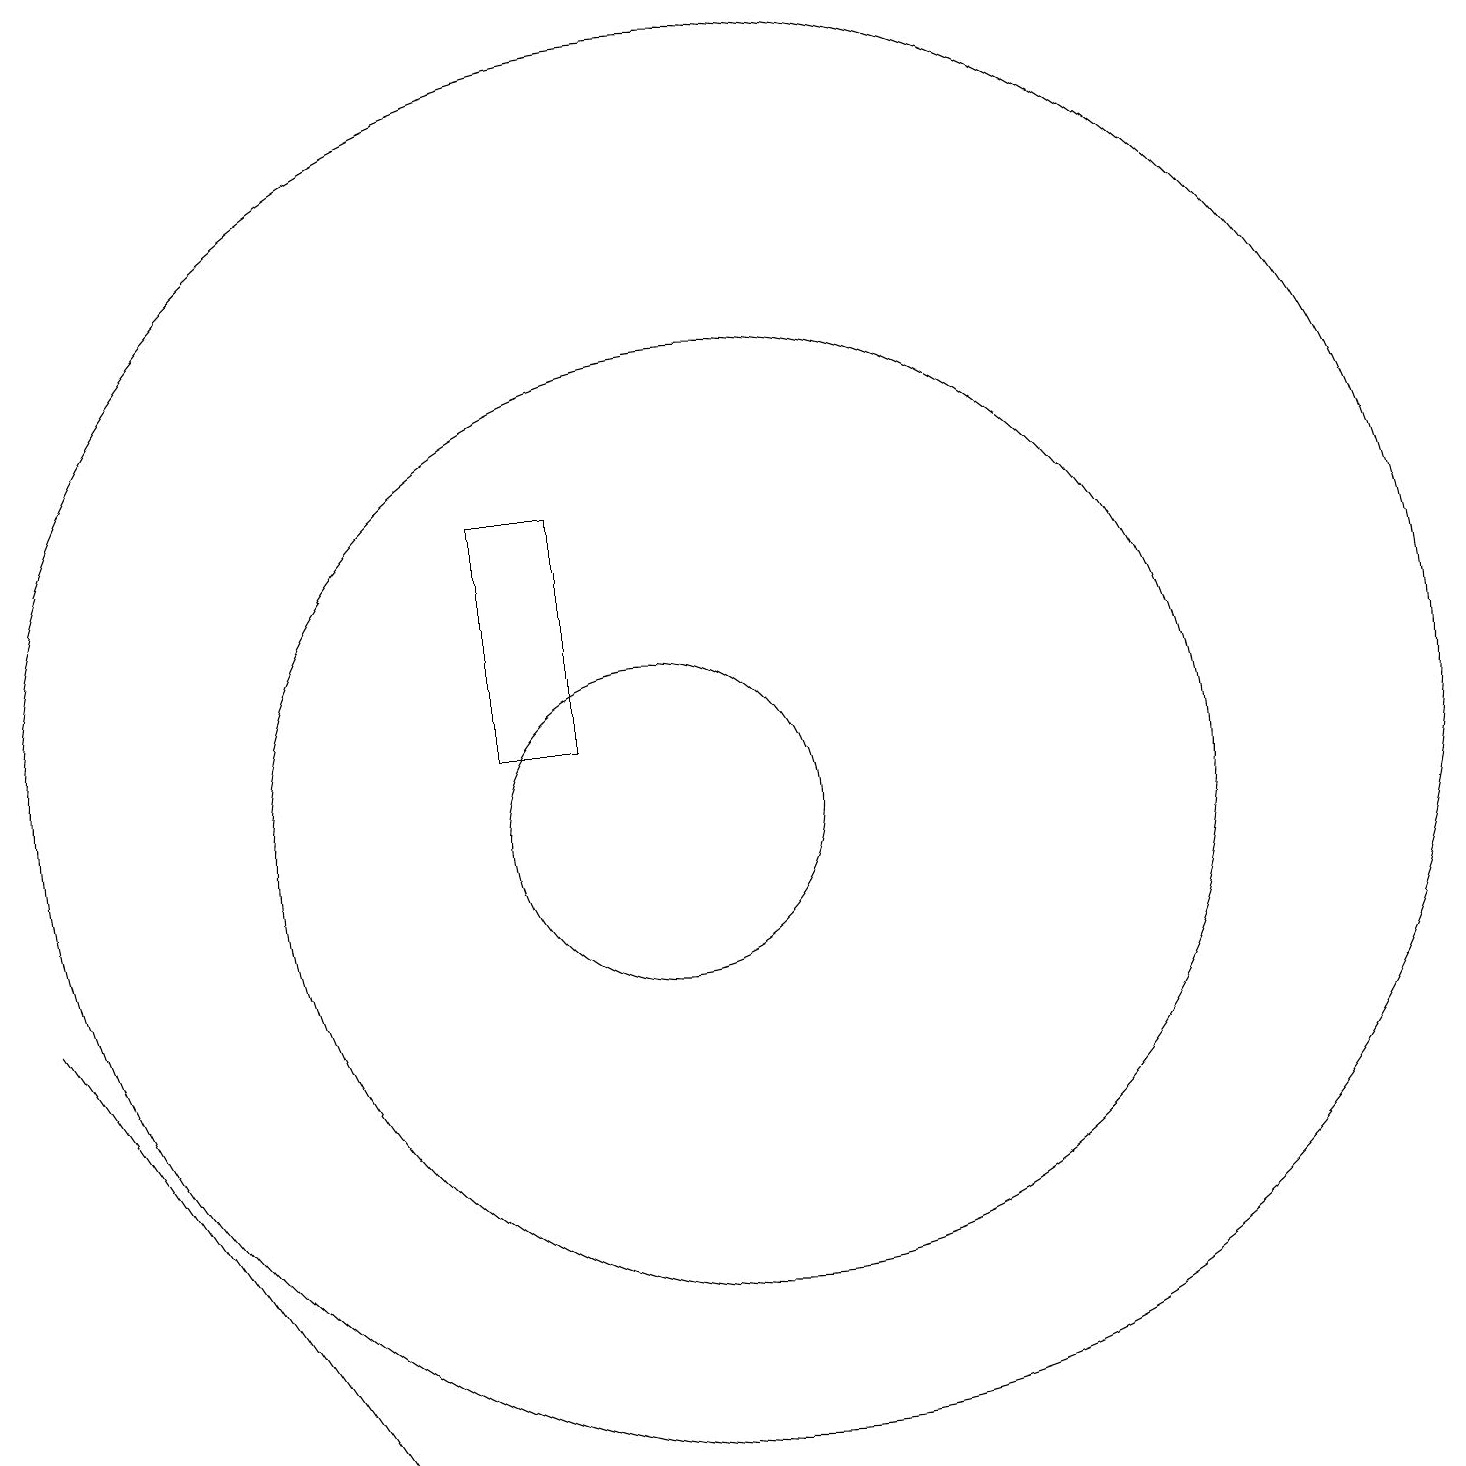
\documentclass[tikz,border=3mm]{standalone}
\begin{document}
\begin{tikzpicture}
\draw (11,10) circle (6);
\draw (11,11) circle (9);
\draw (2,8) -- (6,2) -- (6,2) -- cycle;
\draw (10,10) circle (2);
\draw (9,14) rectangle (8,11);
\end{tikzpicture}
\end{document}